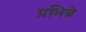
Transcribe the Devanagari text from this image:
प्रभिन्ने